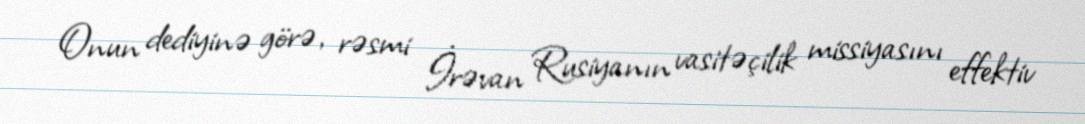
Onun dediyinə görə, rəsmi İrəvan Rusiyanın vasitəçilik missiyasını effektiv